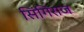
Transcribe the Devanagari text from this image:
सिंगिराज